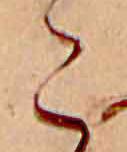
こ